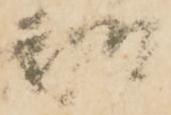
酌